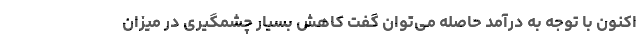
اکنون با توجه به درآمد حاصله می‌توان گفت کاهش بسیار چشمگیری در میزان